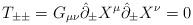
LaTeX: \begin{align*}T_{\pm \pm} = G_{\mu \nu} \hat{\partial}_\pm X^\mu\hat{\partial}_\pm X^\nu = 0 \end{align*}